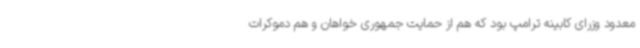
معدود وزرای کابینه ترامپ بود که هم از حمایت جمهوری خواهان و هم دموکرات